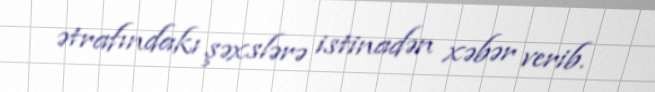
ətrafındakı şəxslərə istinadən xəbər verib.